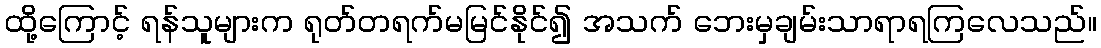
ထို့ကြောင့် ရန်သူများက ရုတ်တရက်မမြင်နိုင်၍ အသက် ဘေးမှချမ်းသာရာရကြလေသည်။